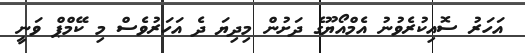
އަހަރު ސޮއިކުރެވުނު އެމްއޯޔޫގެ ދަށުން މިދިޔަ ދެ އަހަރުވެސް މި ކޭމްޕް ވަނީ